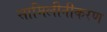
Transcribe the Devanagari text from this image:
सामिलीनीकरण